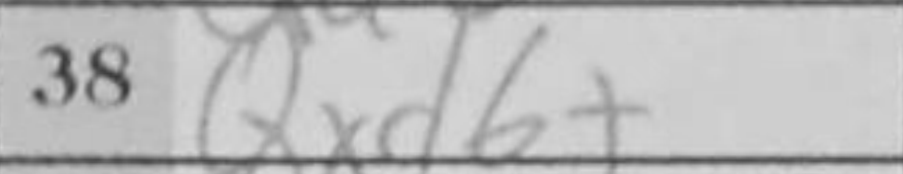
Transcription: Qxd6+